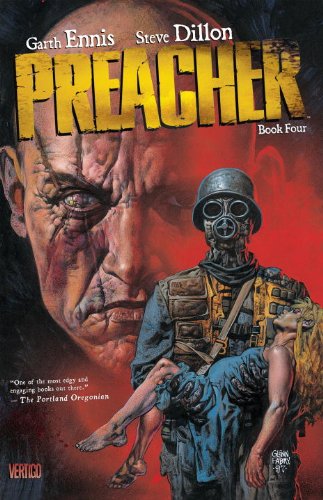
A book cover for Preacher Book Four; Garth Ennis; Comics & Graphic Novels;